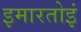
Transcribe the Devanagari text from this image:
इमारतोइं